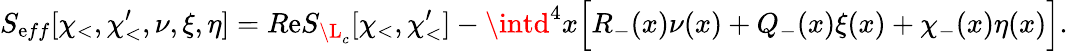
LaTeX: S_{\mathrm{e}ff}[\chi_{<},\chi_{<}^{\prime},\nu,\xi,\eta]=R\mathrm{e}S_{\L_{c}}[\chi_{<},\chi_{<}^{\prime}]-\intd^{4}x\Big[R_{-}(x)\nu(x)+Q_{-}(x)\xi(x)+\chi_{-}(x)\eta(x)\Big].